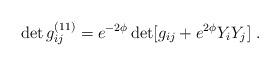
LaTeX: \begin{align*}\det g_{ij}^{(11)} = e^{-2\phi} \det [g_{ij} + e^{2\phi}Y_iY_j] \ .\end{align*}